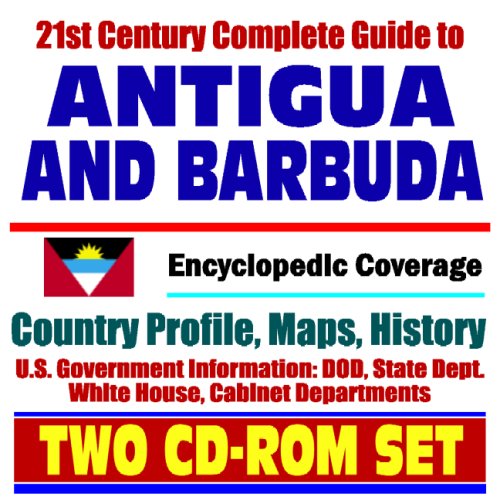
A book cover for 21st Century Complete Guide to Antigua and Barbuda - Encyclopedic Coverage, Country Profile, History, DOD, State Dept., White House, CIA Factbook (Two CD-ROM Set); U.S. Government; Travel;